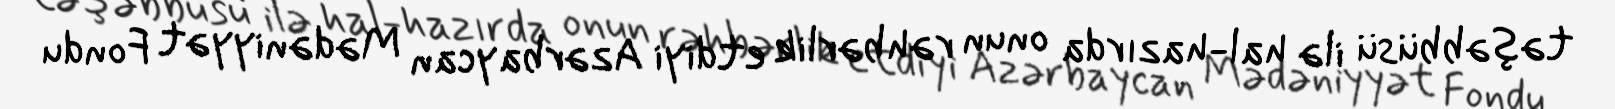
təşəbbüsü ilə hal-hazırda onun rəhbərlik etdiyi Azərbaycan Mədəniyyət Fondu